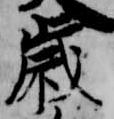
歳